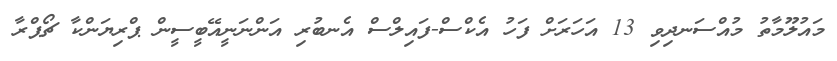
މައުލޫމާތު މުއްސަނދިވި 13 އަހަރަށް ފަހު އެކްސް-ފައިލްސް އެނބުރި އަންނަނީއޭބީސީން ޕްރިޔަންކާ ޗޯޕްރާ